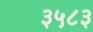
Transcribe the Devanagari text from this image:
३५८३